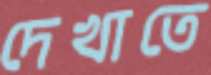
দেখাতে